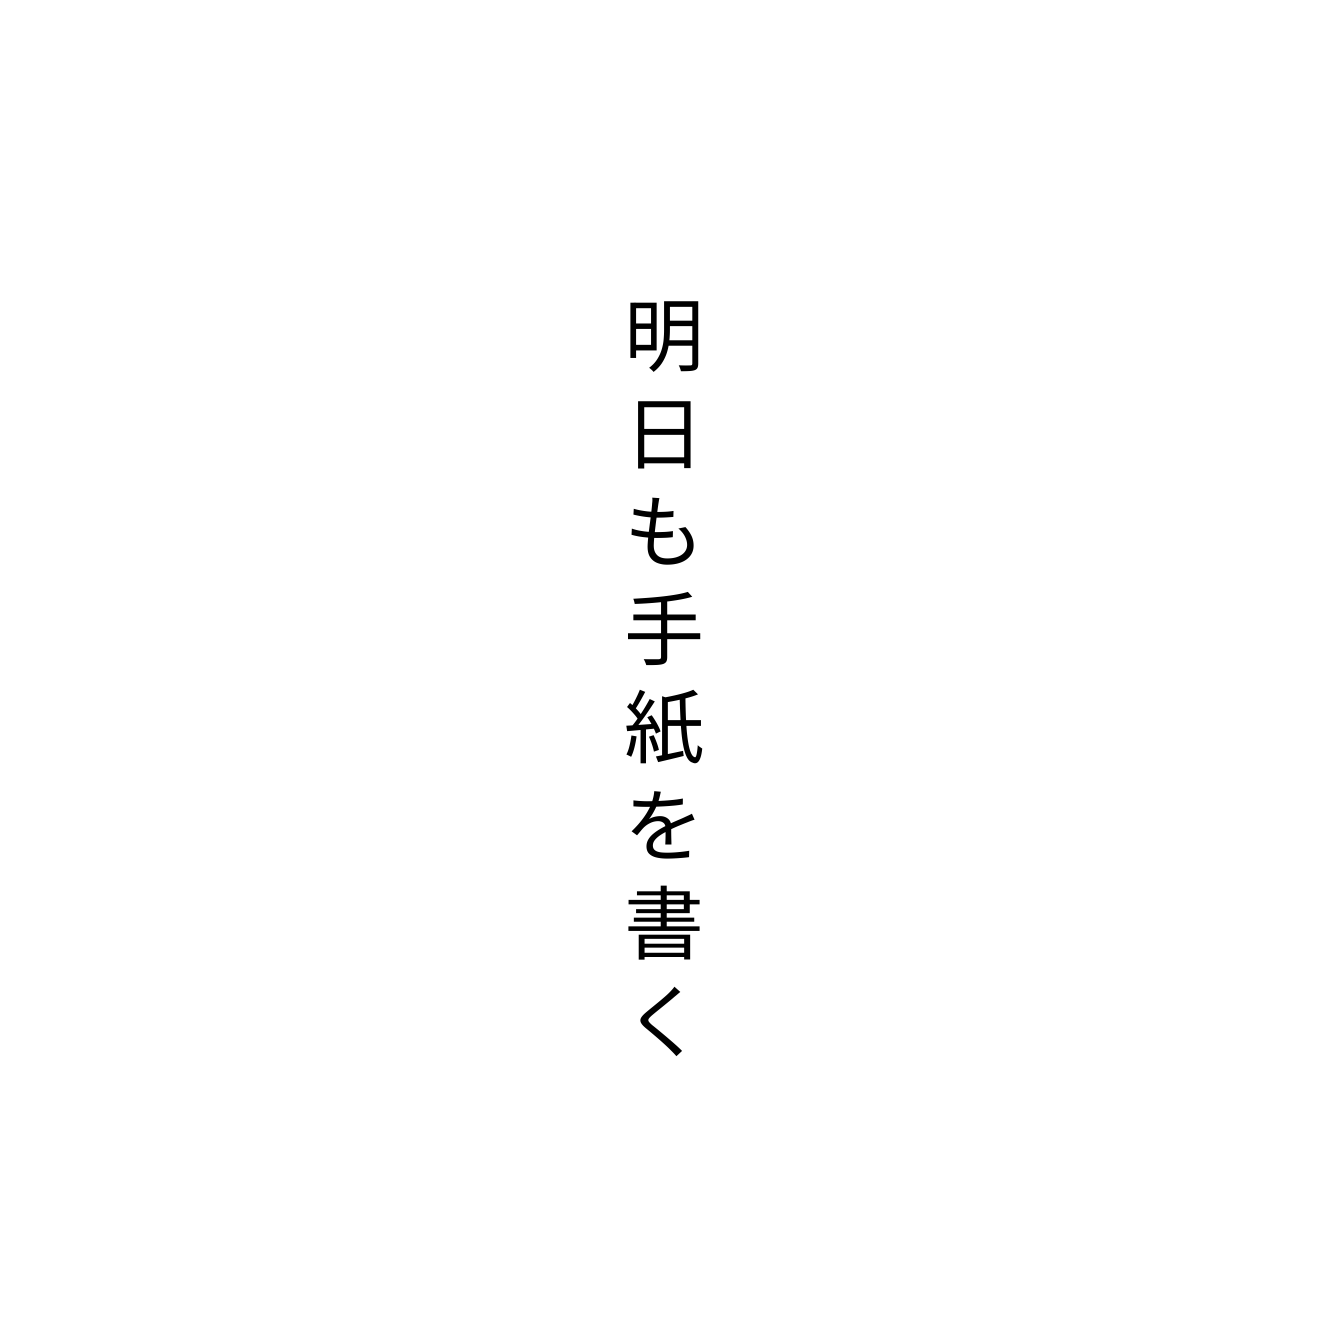
明日も手紙を書く